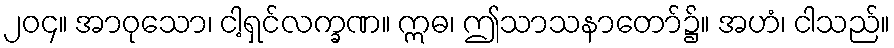
၂၀၄။ အာဝုသော၊ ငါ့ရှင်လက္ခဏ။ ဣဓ၊ ဤသာသနာတော်၌။ အဟံ၊ ငါသည်။